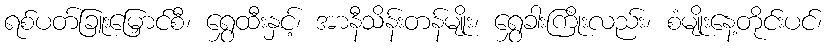
ရစ်ပတ်ခြူးမြှောင်စီ၊ ရွှေထီးနှင့်၊ အာနီသိန်းတန်မျိုး၊ ရွှေခါးကြိုးလည်း၊ စံမျိုးနေ့တိုင်းပင်၊